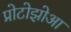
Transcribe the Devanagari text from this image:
प्रोटोझोआ